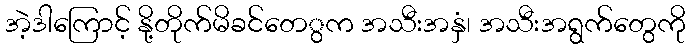
အဲ့ဒါကြောင့် နို့တိုက်မိခင်တေွက အသီးအနှံ၊ အသီးအရွက်တေွကို